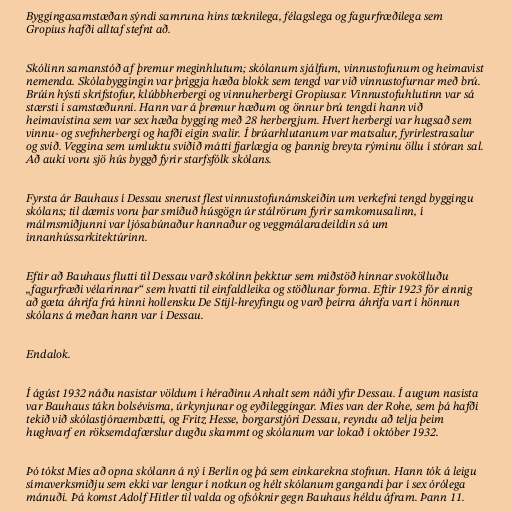
Byggingasamstæðan sýndi samruna hins tæknilega, félagslega og fagurfræðilega sem
Gropius hafði alltaf stefnt að.

Skólinn samanstóð af þremur meginhlutum; skólanum sjálfum, vinnustofunum og heimavist
nemenda. Skólabyggingin var þriggja hæða blokk sem tengd var við vinnustofurnar með brú.
Brúin hýsti skrifstofur, klúbbherbergi og vinnuherbergi Gropiusar. Vinnustofuhlutinn var sá
stærsti í samstæðunni. Hann var á þremur hæðum og önnur brú tengdi hann við
heimavistina sem var sex hæða bygging með 28 herbergjum. Hvert herbergi var hugsað sem
vinnu- og svefnherbergi og hafði eigin svalir. Í brúarhlutanum var matsalur, fyrirlestrasalur
og svið. Veggina sem umluktu sviðið mátti fjarlægja og þannig breyta rýminu öllu í stóran sal.
Að auki voru sjö hús byggð fyrir starfsfólk skólans.

Fyrsta ár Bauhaus í Dessau snerust flest vinnustofunámskeiðin um verkefni tengd byggingu
skólans; til dæmis voru þar smíðuð húsgögn úr stálrörum fyrir samkomusalinn, í
málmsmiðjunni var ljósabúnaður hannaður og veggmálaradeildin sá um
innanhússarkitektúrinn.

Eftir að Bauhaus flutti til Dessau varð skólinn þekktur sem miðstöð hinnar svokölluðu
„fagurfræði vélarinnar“ sem hvatti til einfaldleika og stöðlunar forma. Eftir 1923 fór einnig
að gæta áhrifa frá hinni hollensku De Stijl-hreyfingu og varð þeirra áhrifa vart í hönnun
skólans á meðan hann var í Dessau.

Endalok.

Í ágúst 1932 náðu nasistar völdum í héraðinu Anhalt sem náði yfir Dessau. Í augum nasista
var Bauhaus tákn bolsévisma, úrkynjunar og eyðileggingar. Mies van der Rohe, sem þá hafði
tekið við skólastjóraembætti, og Fritz Hesse, borgarstjóri Dessau, reyndu að telja þeim
hughvarf en röksemdafærslur dugðu skammt og skólanum var lokað í október 1932.

Þó tókst Mies að opna skólann á ný í Berlín og þá sem einkarekna stofnun. Hann tók á leigu
símaverksmiðju sem ekki var lengur í notkun og hélt skólanum gangandi þar í sex órólega
mánuði. Þá komst Adolf Hitler til valda og ofsóknir gegn Bauhaus héldu áfram. Þann 11.